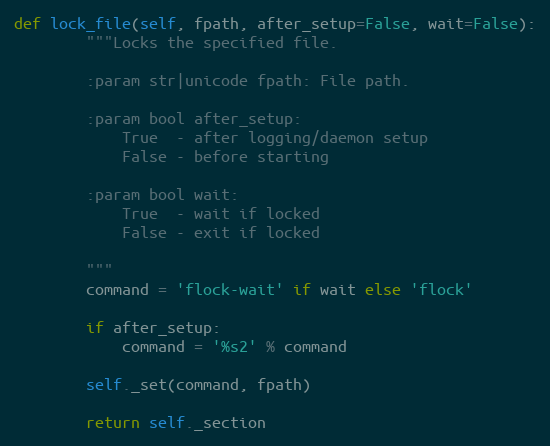
Language: Python
def lock_file(self, fpath, after_setup=False, wait=False):
        """Locks the specified file.

        :param str|unicode fpath: File path.

        :param bool after_setup:
            True  - after logging/daemon setup
            False - before starting

        :param bool wait:
            True  - wait if locked
            False - exit if locked

        """
        command = 'flock-wait' if wait else 'flock'

        if after_setup:
            command = '%s2' % command

        self._set(command, fpath)

        return self._section